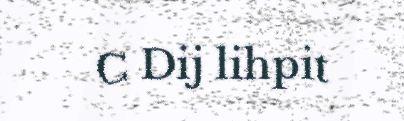
C Dij lihpit